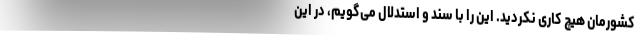
کشورمان هیچ کاری نکردید. این را با سند و استدلال می‌گویم، در این